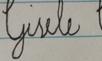
Signature authenticity: forged